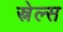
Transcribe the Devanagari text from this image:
स्नेल्स